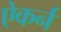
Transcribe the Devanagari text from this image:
ऐकर्न